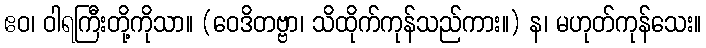
ဧဝ၊ ဝါရကြီးတို့ကိုသာ။ (ဝေဒိတဗ္ဗာ၊ သိထိုက်ကုန်သည်ကား။) န၊ မဟုတ်ကုန်သေး။